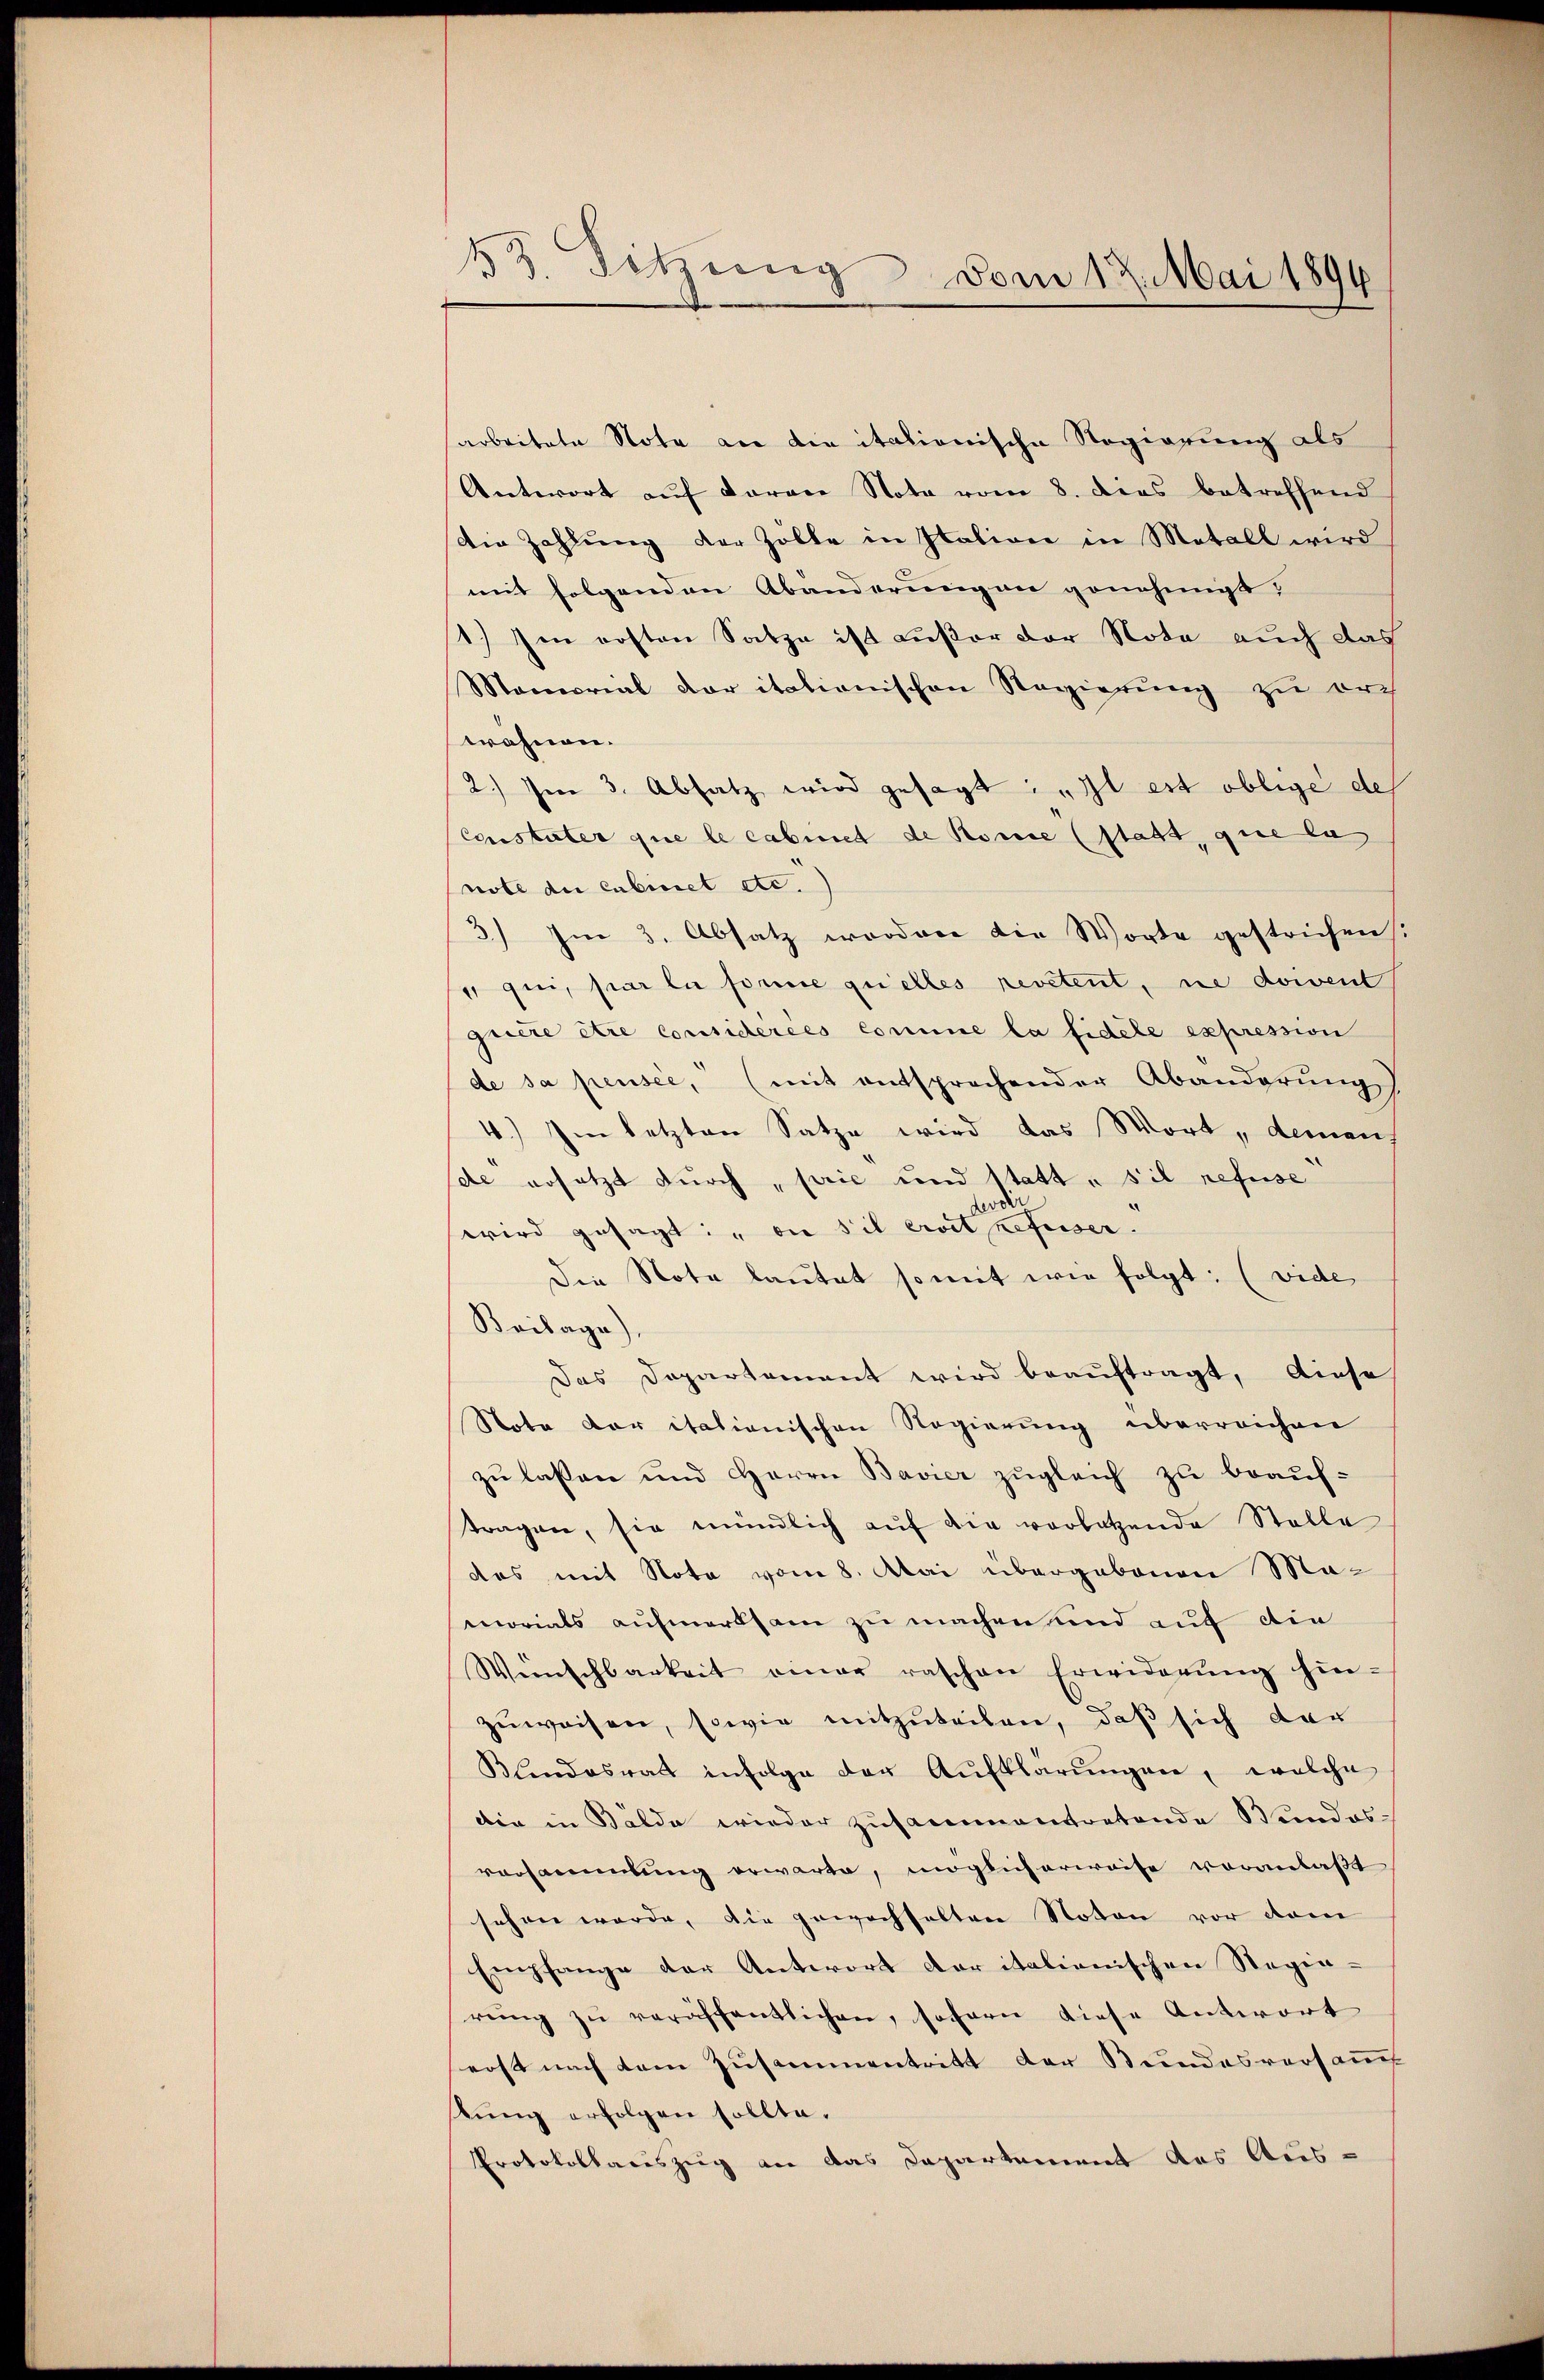
43 Sitzung vom 12. Mai 1894

arbeitete Nota an die italionische Regierung als
Antwort auf daran Nota vom 8. dies betreffend
Die Zahlung der Zölle in Italione in Metall wird
mit folgenden Abänderungen genehmigt:
1.) Den ersten Satze ist außer der Nota auch das
Momorial der italionischen Regierung zu orch
wähnen.
2.) Im 3. Absatz wird gesagt: „Il est oblige des
Constater que le cabinet de Rosse (statt, que la
note di cubinet etc.)
3) Im 3. Absatz worden die Worte gestrichen
 qui, par la forme quelles revetent, ne doivent
quite être considérées comme la fidele expression
de sa pensee, (mit entsprochender Abänderung
4.) Im letzten Satze wird das Wort, deman
de ersetzt durch „prić und statt „s’il refuse
desdir
wird gesagt: „on sil eroit refuser.
Die Note lautet somit wie folgt: (vide
Beilage),
Das Departement wird beauftragt, diese
Nota der itationischen Regierung überreichen
zu lassen und Herrn Bavier zugleich zu beauftragen, sie mündlich auf die vorletzende Stelle
das mit Nota vom 8. Mai übergebenen Mamorials aufmerksam zu machen und auf die
Wünschbarkeit einer raschen Erwiderŭng hin-
zuweisen, sowie mitzuteilen, daß sich dar
Klendesrat infolge der Aufklärŭngen, welche
dir in Bälde wieder zusammentretende Bundes-
vorsammlung erwarte, möglich erweise voranlaßt
sehen werde, die gewechselten Noten vor dem
Empfange der Antwort der italienischen Stegia-
rŭng zŭ veröffentlichen, sofern diese Antwort
erst nach dem Zusammentritt der Stundesversam
stŭng erfolgen sollte.
Protokollauszug an das Departement des Aus-